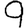
Digit: 9